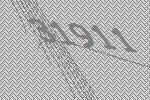
31911